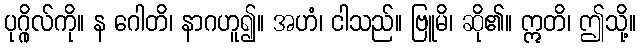
ပုဂ္ဂိုလ်ကို။ န ဂေါတိ၊ နာဂဟူ၍။ အဟံ၊ ငါသည်။ ဗြူမိ၊ ဆို၏။ ဣတိ၊ ဤသို့။